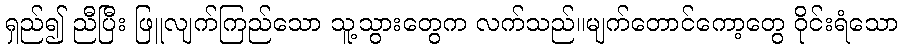
ရှည်၍ ညီပြီး ဖြူလျက်ကြည်သော သူ့သွားတွေက လက်သည်။မျက်တောင်ကော့တွေ ဝိုင်းရံသော